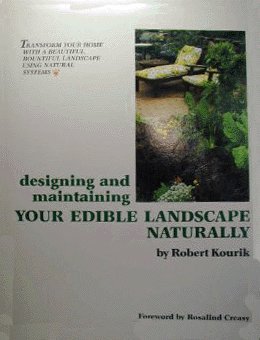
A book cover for Designing and Maintaining Your Edible Landscape Naturally; Robert Kourik; Crafts, Hobbies & Home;